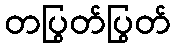
တပြွတ်ပြွတ်